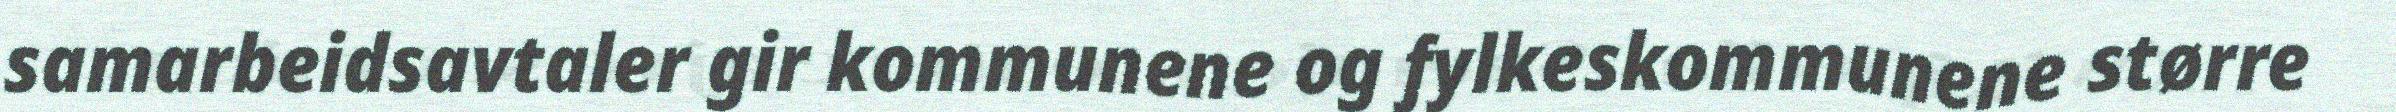
samarbeidsavtaler gir kommunene og fylkeskommunene større